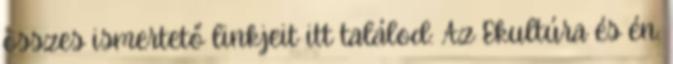
összes ismertető linkjeit itt találod: Az Ekultúra és én.